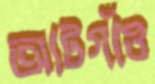
আটগাঁও